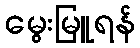
မွေးမြူရန်